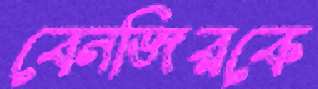
বেনজিরকে